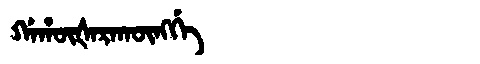
Manchu: ᡤᠠᡥᡡᡧᠠᡵᠠᡴᡡᠩᡤᡝ
Romanization: GAHŪŠARAKŪNGGE